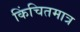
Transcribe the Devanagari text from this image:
किंचितमात्र